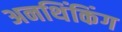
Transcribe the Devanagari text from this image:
अनथिंकिंग